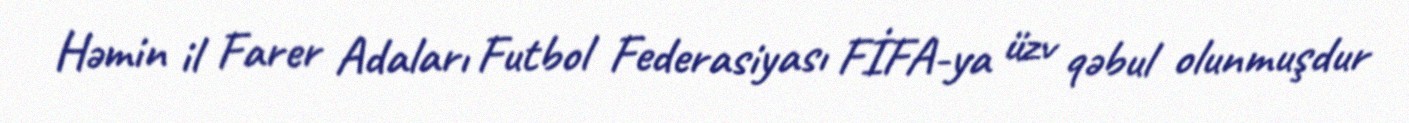
Həmin il Farer Adaları Futbol Federasiyası FİFA-ya üzv qəbul olunmuşdur